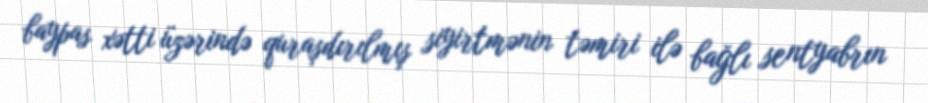
baypas xətti üzərində quraşdırılmış siyirtmənin təmiri ilə bağlı sentyabrın